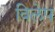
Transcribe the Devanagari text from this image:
विलेप